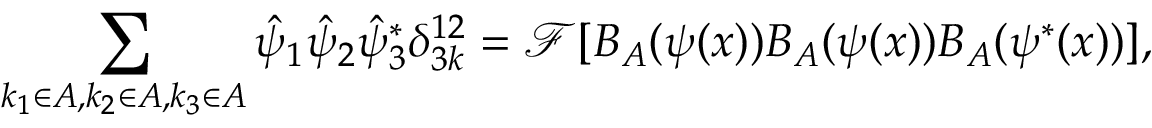
\sum _ { k _ { 1 } \in A , k _ { 2 } \in A , k _ { 3 } \in A } \hat { \psi } _ { 1 } \hat { \psi } _ { 2 } \hat { \psi } _ { 3 } ^ { * } \delta _ { 3 k } ^ { 1 2 } = \mathcal { F } [ B _ { A } ( \psi ( x ) ) B _ { A } ( \psi ( x ) ) B _ { A } ( \psi ^ { * } ( x ) ) ] ,